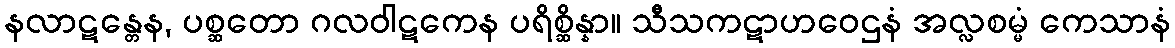
နလာဋန္တေန, ပစ္ဆတော ဂလဝါဋကေန ပရိစ္ဆိန္နာ။ သီသကဋာဟဝေဌနံ အလ္လစမ္မံ ကေသာနံ